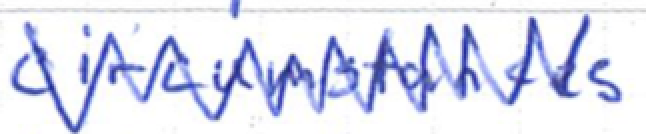
Text: circumstances
Cross-out: zig-zag
Writing tool: ballpoint